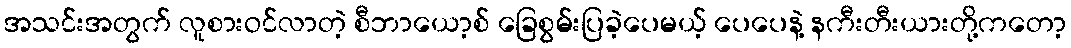
အသင်းအတွက် လူစားဝင်လာတဲ့ စီဘာယော့စ် ခြေစွမ်းပြခဲ့ပေမယ့် ပေပေနဲ့ နကီးတီးယားတို့ကတော့